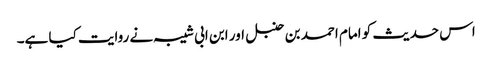
اس حدیث کو امام احمد بن حنبل اور ابن ابی شیبہ نے روایت کیا ہے۔